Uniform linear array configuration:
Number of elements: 4
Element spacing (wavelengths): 1
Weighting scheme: cosine
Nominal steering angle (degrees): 60
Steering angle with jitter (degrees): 60.337
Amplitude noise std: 0.05
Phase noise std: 0.05

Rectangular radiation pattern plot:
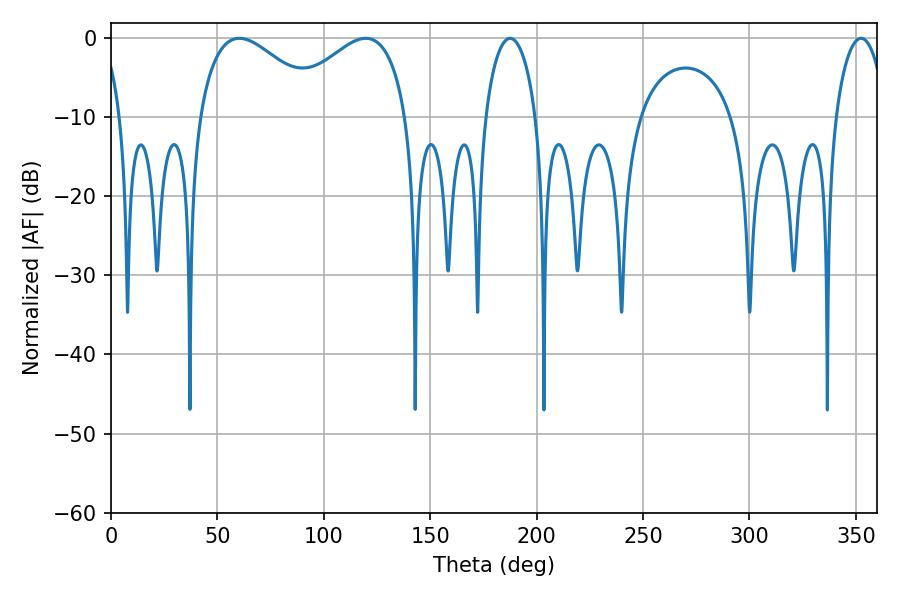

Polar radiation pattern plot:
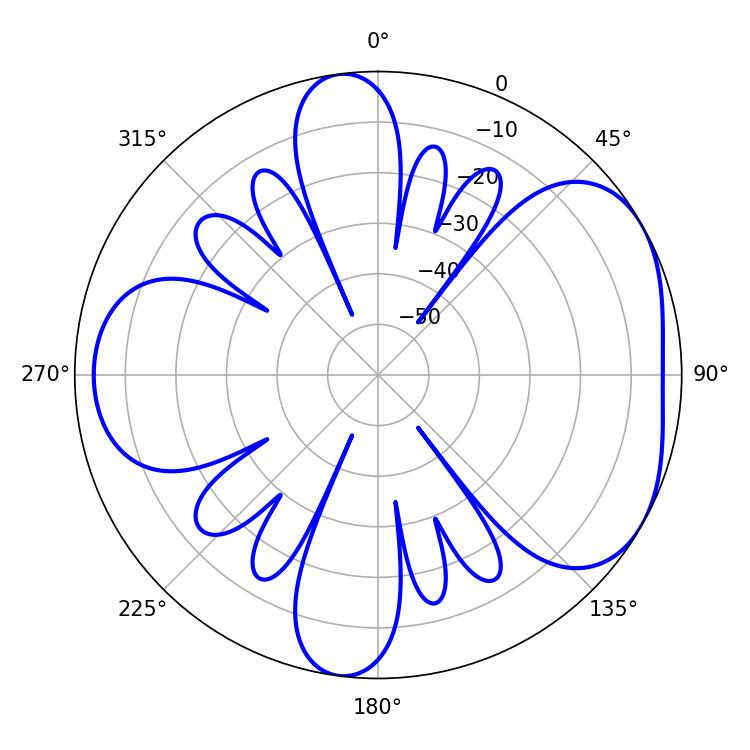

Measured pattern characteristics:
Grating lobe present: TRUE
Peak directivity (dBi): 4.688
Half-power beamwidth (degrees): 32.22
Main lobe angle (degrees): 60.3